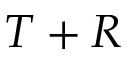
T + R